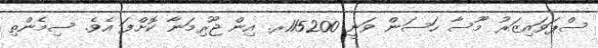
ސްޕަވައިޒަރު މޫސާ ހަސަން ވަނީ 115200ރ. އިން ޖޫރިމަނާ ކޮށްފަ އެވެ. ސިމެންތި